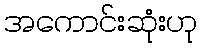
အကောင်းဆုံးဟု